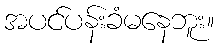
အပင်ပန်းခံမနေဘူး။